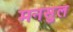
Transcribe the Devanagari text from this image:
मनसुल